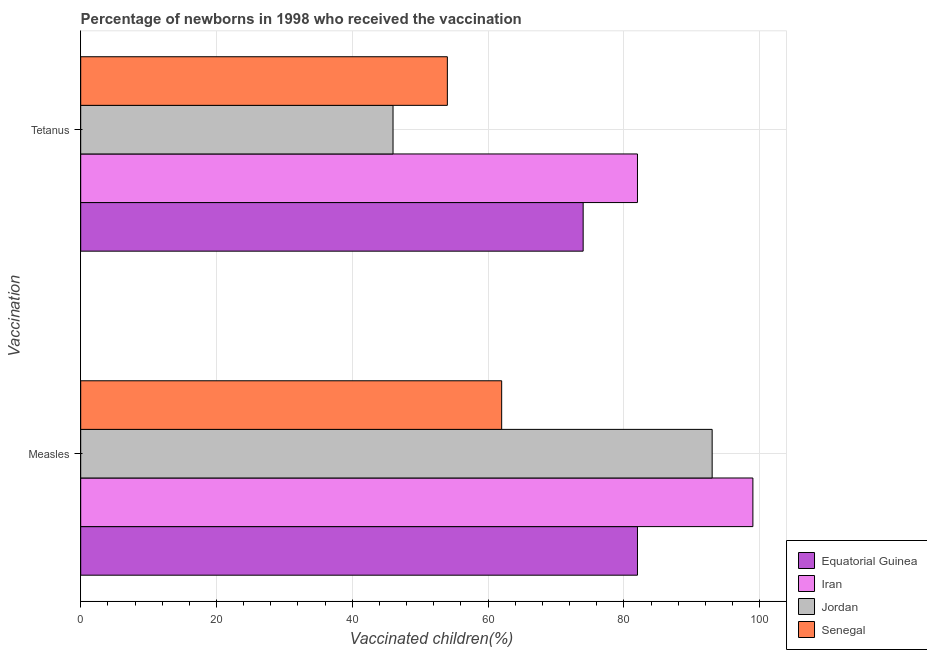
| Vaccination | Equatorial Guinea | Iran | Jordan | Senegal |
 | --- | --- | --- | --- | --- |
 | Measles | 82 | 99 | 93 | 62 |
 | Tetanus | 74 | 82 | 46 | 54 |